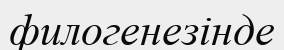
филогенезінде